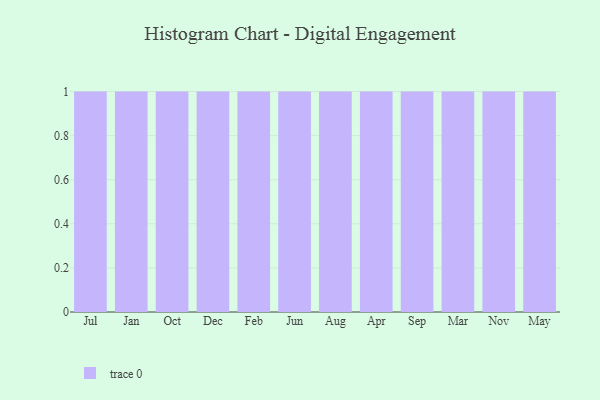
{"axis": {"x": "Month", "y": "Conversion Rate (%)"}, "legend": [""], "data": [{"x": "Jul", "y": 45, "type": ""}, {"x": "Jan", "y": 35, "type": ""}, {"x": "Oct", "y": 53, "type": ""}, {"x": "Dec", "y": 69, "type": ""}, {"x": "Feb", "y": 12, "type": ""}, {"x": "Jun", "y": 3, "type": ""}, {"x": "Aug", "y": 49, "type": ""}, {"x": "Apr", "y": 83, "type": ""}, {"x": "Sep", "y": 63, "type": ""}, {"x": "Mar", "y": 92, "type": ""}, {"x": "Nov", "y": 87, "type": ""}, {"x": "May", "y": 7, "type": ""}]}